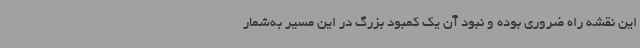
این نقشه راه ضروری بوده و نبود آن یک کمبود بزرگ در این مسیر به‌شمار